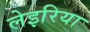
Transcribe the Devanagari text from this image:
लेइरिया